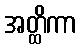
အတ္ထိကာ